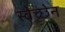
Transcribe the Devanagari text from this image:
स्वेच्छेन